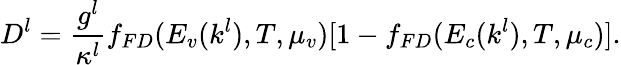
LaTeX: D_{}^{l}=\frac{g^{l}}{\kappa^{l}}f_{FD}(E_{v}(k^{l}),T,\mu_{v})[1-f_{FD}(E_{c}(k^{l}),T,\mu_{c})].